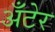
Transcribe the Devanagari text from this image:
अँटेर